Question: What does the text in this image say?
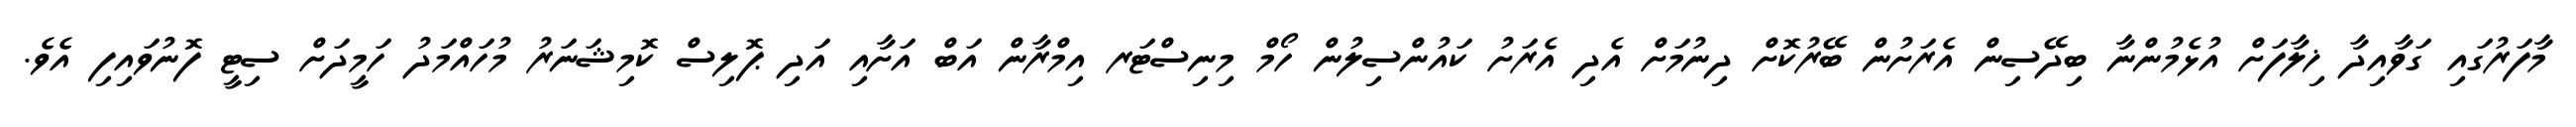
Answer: މާފަރުގައި ގަވާއިދާ ޚިލާފަށް އުޅެމުންނާ ބިދޭސިން އެރަށުން ބޭރުކޮށް ދިނުމަށް އެދި އެރަށު ކައުންސިލުން ހޯމް މިނިސްޓަރ އިމްރާން އަބް އަށާއި އަދި ޕޮލިސް ކޮމިޝަނަރު މުހައްމަދު ހަމީދަށް ސިޓީ ފޮނުވައިފި އެވެ.